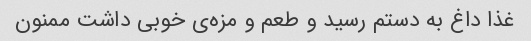
غذا داغ به دستم رسید و طعم و مزه‌ی خوبی داشت ممنون